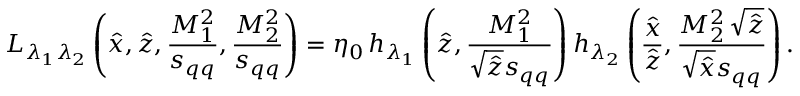
{ \cal L } _ { \lambda _ { 1 } \lambda _ { 2 } } \left( \hat { x } , \hat { z } , \frac { M _ { 1 } ^ { 2 } } { s _ { q q } } , \frac { M _ { 2 } ^ { 2 } } { s _ { q q } } \right) = \eta _ { 0 } \, { h } _ { \lambda _ { 1 } } \left( \hat { z } , \frac { M _ { 1 } ^ { 2 } } { \sqrt { \hat { z } } s _ { q q } } \right) { h } _ { \lambda _ { 2 } } \left( \frac { \hat { x } } { \hat { z } } , \frac { M _ { 2 } ^ { 2 } \, \sqrt { \hat { z } } } { \sqrt { \hat { x } } s _ { q q } } \right) .